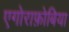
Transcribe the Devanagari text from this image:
एगोराफ़ोबिया